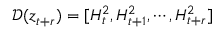
\mathcal D ( \boldsymbol z _ { t + r } ) = [ H _ { t } ^ { 2 } , H _ { t + 1 } ^ { 2 } , \cdots , H _ { t + r } ^ { 2 } ]